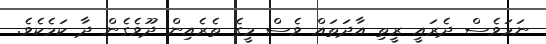
ނަމަވެސް ދެރައީ ރީތި އާދަތައް ވެސް މީގެ ތެރެއިން ދޫވެގެން ދާ ކަމެކެވެ.